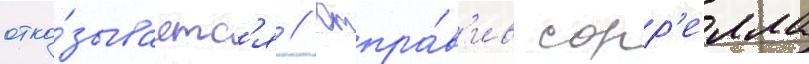
отка́зываетс'я // Отпра́в'ив сорр'елла